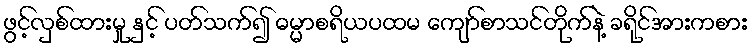
ဖွင့်လှစ်ထားမှု နှင့် ပတ်သက်၍ ဓမ္မာစရိယပထမ ကျော်စာသင်တိုက်နဲ့ ခရိုင်အားကစား